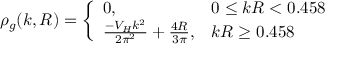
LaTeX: \rho _ { g } ( k , R ) = \left\{ \begin{array} { l l } { { 0 , } } & { { 0 \leq k R < 0 . 4 5 8 } } \\ { { \frac { - V _ { H } k ^ { 2 } } { 2 \pi ^ { 2 } } + \frac { 4 R } { 3 \pi } , } } & { { k R \geq 0 . 4 5 8 } } \end{array} \right.